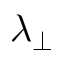
\lambda _ { \perp }